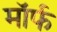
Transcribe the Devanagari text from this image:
मॉर्फ